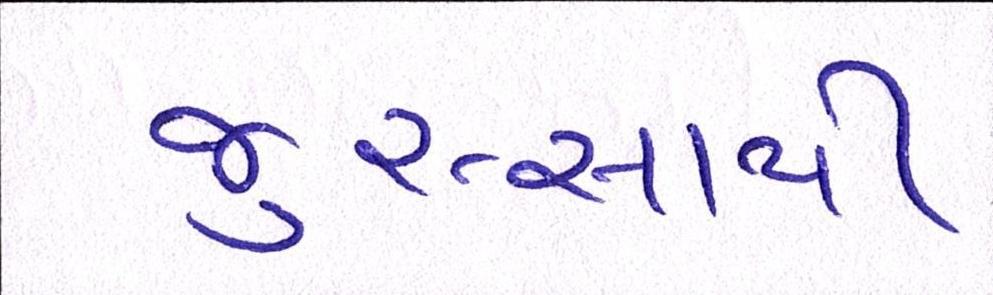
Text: જુસ્સાથી